Statistical return of the lunatic asylum in Assam - 1912-1932
Year: 1912
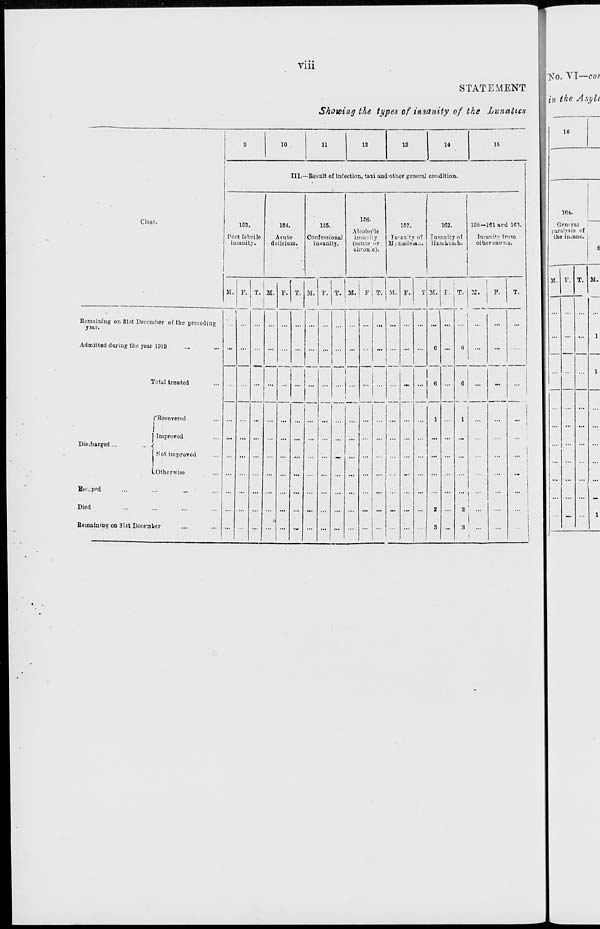
Vlll
STATEMENT
Showing the types of insanity of the Lunatics
10
11
12
13
14
16
Clas?.
III.—Besalt of infection, taxi and-other gcueral condition.
163.
Post febrile
insanity.
154.
Acute
delirium.
156.
Confessional
int-anity.
156.
Alcoho'ic
insanity
(acute nr
chronic).
157.
Tn-anity of
11, xuiJem.i.
162.
Insanity of
HascLidch.
158-161 ard 16').
Insanity from
other cauius.
X,.
M.
T. M.
M. ! F T. i M
V. r.; T.
Eemaining on 31st December of the precedin*
yiar.
8
Admitted during the year 1912
Total treated
fRecovernd
Discharged.
j Improved
! Not improved
LOtherwise
Bb'..pcd
Died
Eemaining on 31st December
1
... ... ... ... ...
...
...
c .„ 6
...
Ko. VI—cor
in the Asj/li
16
164.
General
paTolynis of
the insane.
M. V. T. M.